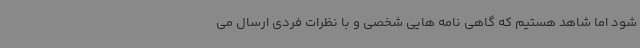
شود اما شاهد هستیم که گاهی نامه هایی شخصی و با نظرات فردی ارسال می